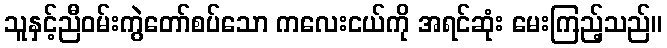
သူနှင့်ညီဝမ်းကွဲတော်စပ်သော ကလေးငယ်ကို အရင်ဆုံး မေးကြည့်သည်။